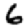
Digit: 6